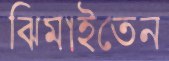
ঝিমাইতেন